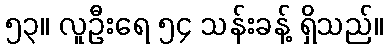
၅၃။ လူဦးရေ ၅၄ သန်းခန့် ရှိသည်။